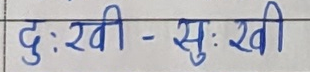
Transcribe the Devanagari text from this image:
दुःखी - सुःखी